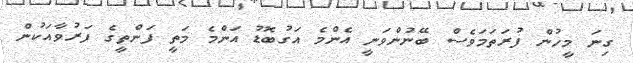
ގިނަ މީހުން ފުރަތަމަވެސް ބޭނުންވަނީ އެންމެ އަގުބޮޑު އަންމެ މަތީ ފަންތީގެ ފަރުވާއަކުން